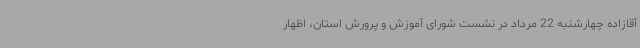
آقازاده چهارشنبه 22 مرداد در نشست شورای آموزش و پرورش استان، اظهار